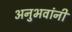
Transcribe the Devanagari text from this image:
अनुभवांनी